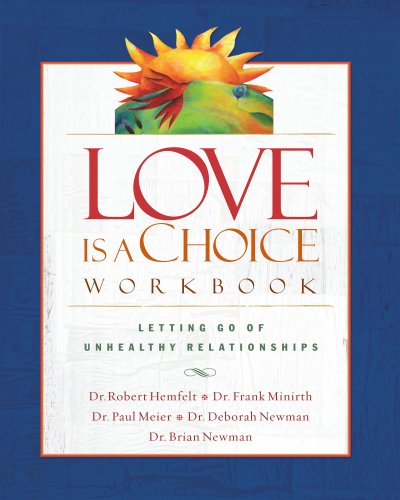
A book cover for Love Is a Choice Workbook; Robert Hemfelt; Self-Help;